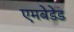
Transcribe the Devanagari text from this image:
एमबेडेड